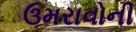
ઉમરાવોની